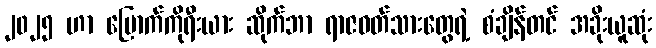
၂၀၂၅ ဟာ မြောက်ကိုရီးယား ဆိုက်ဘာ ရာဇဝတ်သားတွေရဲ့ စံချိန်တင် အခိုးယူဆုံး